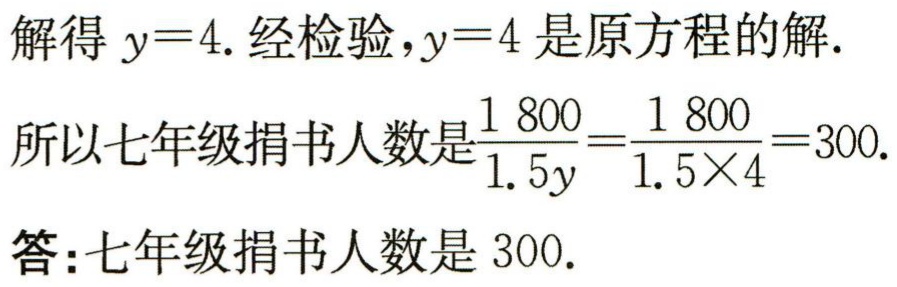
解得 \(y = 4\). 经检验，\(y = 4\) 是原方程的解.

所以七年级捐书人数是\(\frac{1800}{1.5y}=\frac{1800}{1.5\times4}=300\).

答：七年级捐书人数是 \(300\).